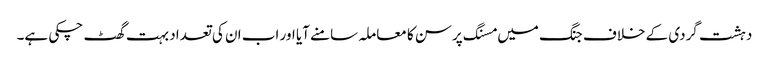
دہشت گردی کے خلاف جنگ میں مسنگ پرسن کا معاملہ سامنے آیا اور اب ان کی تعداد بہت گھٹ چکی ہے۔